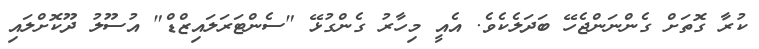
ކުރާ ގޮތަށް ގެންނަންޖެހޭ ބަދަލެކެވެ. އެއީ މިހާރު ގެންގުޅޭ "ސެންޓަރަލައިޒްޑް" އުސޫލު ދޫކޮށްލައި